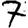
Digit: 7